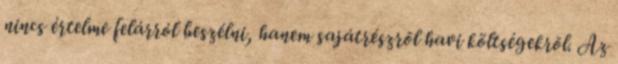
nincs értelme felárról beszélni, hanem sajátrészrõl havi költségekrõl. Az